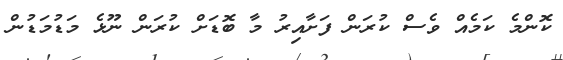
ކޮންމެ ކަމެއް ވެސް ކުރަން ފަށާއިރު މާ ބޮޑަށް ކުރަން ނޫޅެ މަޑުމަޑުން